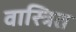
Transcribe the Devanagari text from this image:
वास्त्रित